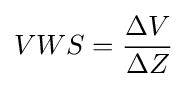
VWS={\frac {\Delta V}{\Delta Z}}